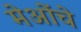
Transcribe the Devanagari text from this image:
मेओंचे